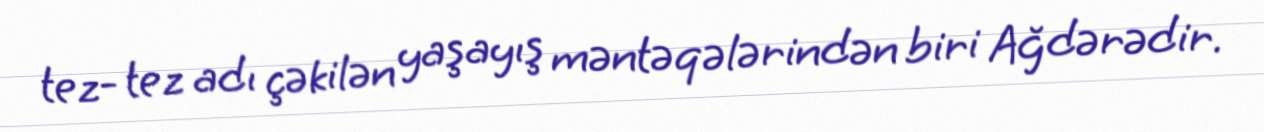
tez- tez adı çəkilən yaşayış məntəqələrindən biri Ağdərədir.